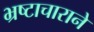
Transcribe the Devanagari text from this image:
भ्रष्टाचाराने